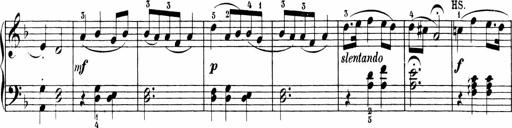
Title: Sonatinen Op.47, 98 und 136, nebst 6 Liedersonatinen
Composer: Carl Reinecke